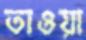
তাওয়া